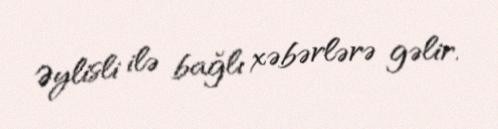
Əylisli ilə bağlı xəbərlərə gəlir.